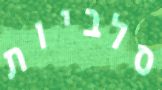
סלביות